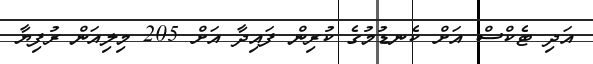
އަދި ޓެކްސް އަށް ކެނޑުމުގެ ކުރިން ފައިދާ އަށް 205 މިލިއަން ރުފިޔާ